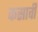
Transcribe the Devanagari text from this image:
कसावी